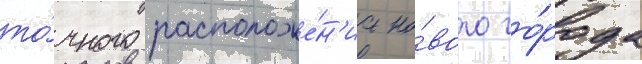
то́чного расположе́н'иа но́вого го́рода